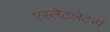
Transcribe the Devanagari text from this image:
एस्लेटलेटर्स